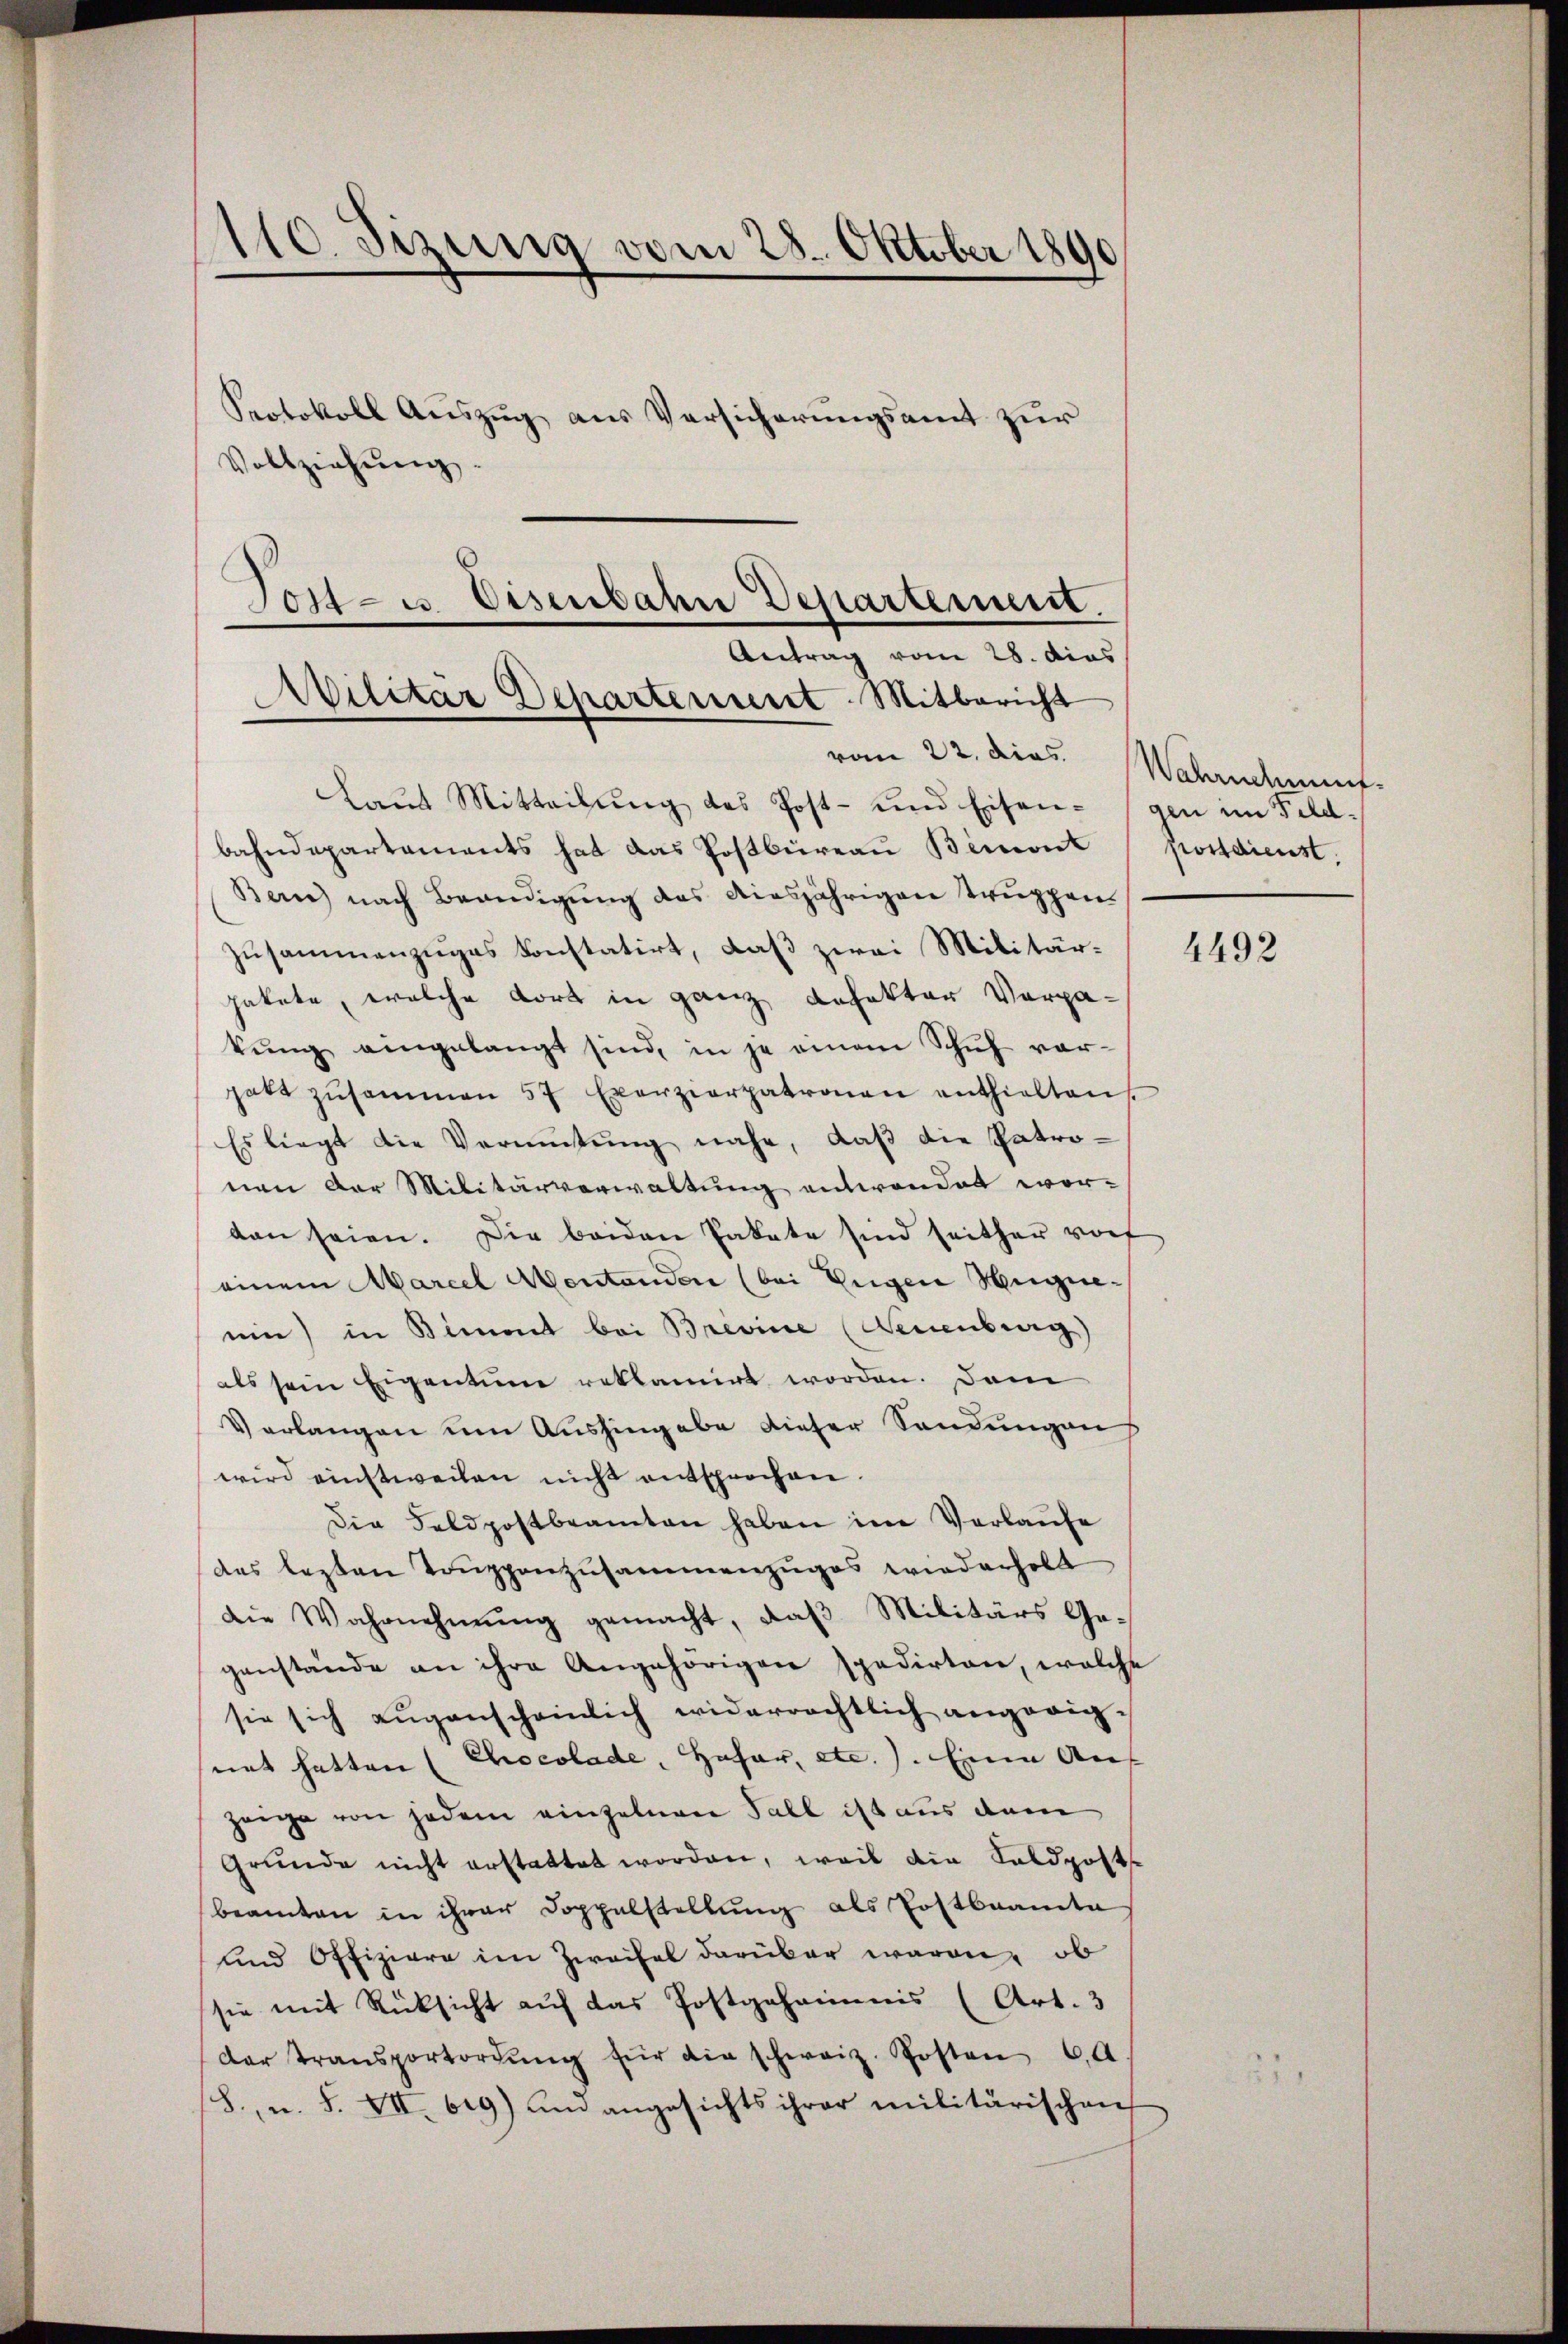
110. Sizung vom 28. Oktober 1890
Protokoll Auszug aus Versicherungsamt zur
Vollziehŭng.

vom 22. dies Wahrnehmung.
Laŭt Mitteilŭng des Post- und Eisengen im Feldbahndepartaments hat das Postbüreaŭ Beront postdienst,
Ben) nach Beendigŭng des diesjährigen truppen.
zusammenzuges konstatirt, daß zwei Militärpakete, welche dort in ganz Refekter Verpakŭng eingelangt sind, in je einem Schuf vor-
gabt zŭsammen 57 Exerzierpatronen enthielten
Es liegt die Vermitŭng nahe, daβ die Patronen der Militärverwaltung entwendet worten seien. Die beiden Pakate sind seither vorf
einem Marcel Montanden (bei Eugen Henggneein) in Bimmt bei Brevise (Neuenburg)
als sein Eigentum reklamirt worden. Dam
Verlangen um Aushingabe dieser Sendungen
wird einstweilen nicht entsprochen.
Die Feldpostbeamten haben im Verlaufe
des lezten Trŭppenzusammenzŭges wiederholt
die Wahrnehmung gemacht, daß Militärs Gegenstände an ihre Angehörigen spedirten, welche
sie sich aŭgenscheinlich widerrechtlich angeeignet hatten (Chocolade, Hofar, etc.). Eine Auf
zeige von jedem einzelnen Fall ist aus dem
Grunde nicht erstattet worden, weil die Feldposte
beamten in ihrer Doppelstellung als Postbeamte
und Offiziere im Zweifel darüber waren, ob
sie mit Rücksicht auf das Postgeheimnis (Art. 3
der Transportordŭng für die schweiz. Posten 60.
S., u. S. VII. 619) um angesichts ihrer militärischen

Tost- u Eisenbahn Departement.
Antrag vom 28. dies
Avilitar Departement. Mitbericht

4492